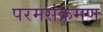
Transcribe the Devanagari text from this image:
परमसंक्रमण